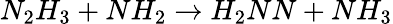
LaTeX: N_{2}H_{3}+NH_{2}\rightarrow H_{2}NN+NH_{3}